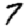
Digit: 7